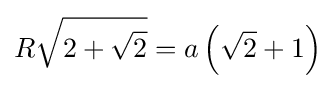
R{\sqrt {2+{\sqrt {2}}}}=a\left({\sqrt {2}}+1\right)\!